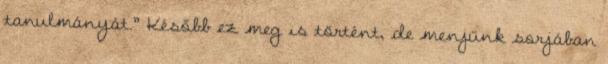
tanulmányát.” Később ez meg is történt, de menjünk sorjában